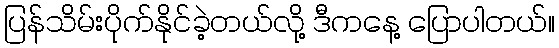
ပြန်သိမ်းပိုက်နိုင်ခဲ့တယ်လို့ ဒီကနေ့ ပြောပါတယ်။